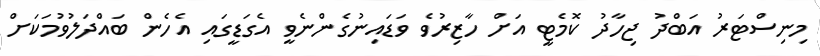
މިނިސްޓަރު އަބްދު ޖިހާދު ކޮމެޓީ އަށް ހާޒިރުވެ ވަޑައިނުގެންނެވީ އެގަޑީގައި އެހެން ބައްދަލުވުމަކަށް